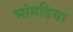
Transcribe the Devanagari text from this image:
भांगडिया